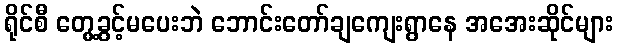
ရိုင်စီ တွေ့ခွင့်မပေးဘဲ ဘောင်းတော်ချကျေးရွာနေ အအေးဆိုင်များ